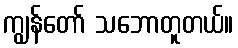
ကျွန်တော် သဘောတူတယ်။